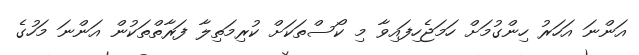
އަންނަ އަހަރު ހިންގުމަށް ހަމަޖެހިފައިވާ މި ކޯސްތަކަށް ކުރިމަތިލާ ފަރާތްތަކުން އަންނަ މަހުގެ